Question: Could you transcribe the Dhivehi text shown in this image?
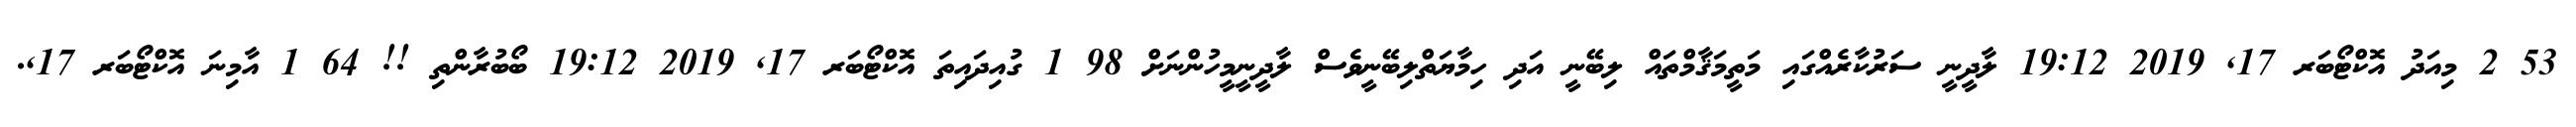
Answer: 53 2 މިއަދު އޮކްޓޯބަރ 17, 2019 19:12 ލާދީނީ ސަރުކާރެއްގައި މަތީމަޤާމްތައް ލިބޭނީ އަދި ހިމާޔަތްލިބޭނީވެސް ލާދީނީމީހުންނަށް 98 1 ގުއިދައިތަ އޮކްޓޯބަރ 17, 2019 19:12 ބޯބުރާންތި !! 64 1 އާމިނަ އޮކްޓޯބަރ 17,.